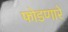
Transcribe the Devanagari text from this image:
फोडणारे